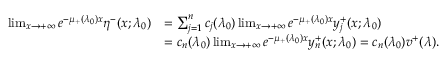
\begin{array} { r l } { \operatorname* { l i m } _ { x \to + \infty } e ^ { - \mu _ { + } ( \lambda _ { 0 } ) x } \eta ^ { - } ( x ; \lambda _ { 0 } ) } & { = \sum _ { j = 1 } ^ { n } c _ { j } ( \lambda _ { 0 } ) \operatorname* { l i m } _ { x \to + \infty } e ^ { - \mu _ { + } ( \lambda _ { 0 } ) x } y _ { j } ^ { + } ( x ; \lambda _ { 0 } ) } \\ & { = c _ { n } ( \lambda _ { 0 } ) \operatorname* { l i m } _ { x \to + \infty } e ^ { - \mu _ { + } ( \lambda _ { 0 } ) x } y _ { n } ^ { + } ( x ; \lambda _ { 0 } ) = c _ { n } ( \lambda _ { 0 } ) v ^ { + } ( \lambda ) . } \end{array}